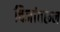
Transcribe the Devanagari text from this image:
चिजांवरून